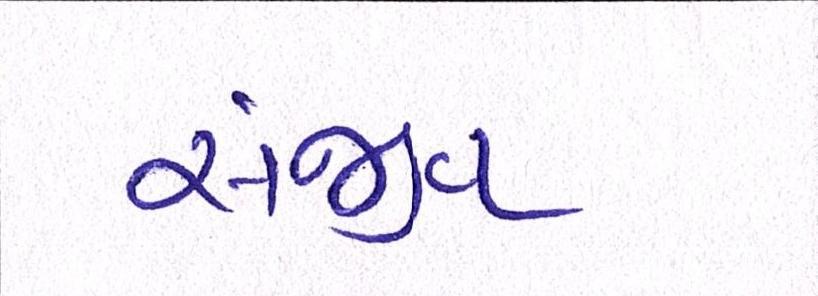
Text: સંજીવ